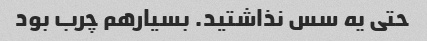
حتی یه سس نذاشتید. بسیارهم چرب بود